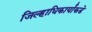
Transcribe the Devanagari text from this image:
जिल्हाधिकार्यांकडे